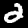
Digit: 2